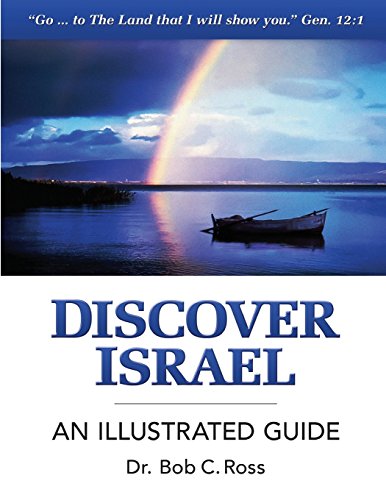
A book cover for Discover Israel - An Illustrated Guide; Bob C. Ross; Travel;